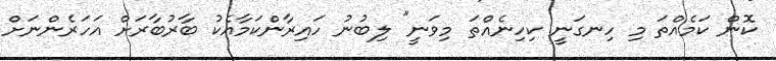
ކޮން ކަމެއްތަ މި ހިނގަނީ ކިހިނެއްތަ މިވަނީ" ލިބުނު ހައިރާންކަމާއެކު ބާރުބާރަށް އަހަރެންނަށް